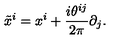
\tilde { x } ^ { i } = x ^ { i } + \frac { i \theta ^ { i j } } { 2 \pi } \partial _ { j } .